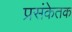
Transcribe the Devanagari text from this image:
प्रसंकेतक